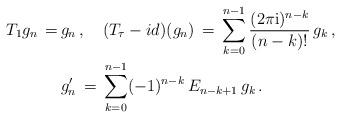
LaTeX: \begin{align*}T_{1}g_{n}\,=\,&g_n\,, \quad(T_{\tau}-id)(g_n)\,=\,\sum_{k=0}^{n-1}\frac{(2\pi \mathrm{i})^{n-k}}{(n-k)!}\,g_k\,,\\&g_n'\,=\,\sum_{k=0}^{n-1}(-1)^{n-k}\,E_{n-k+1}\,g_k\,.\end{align*}